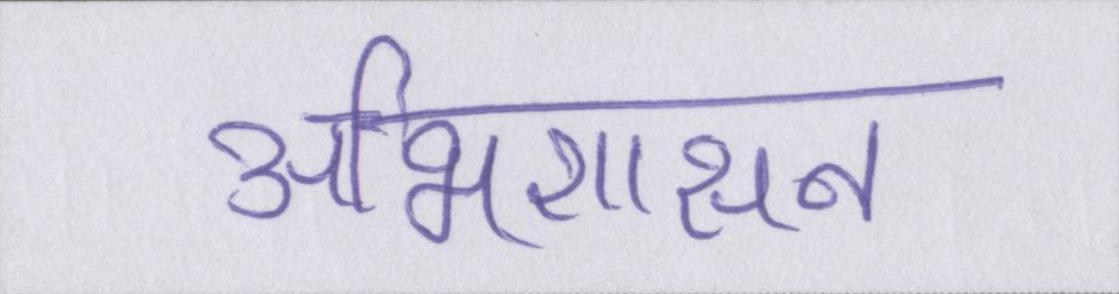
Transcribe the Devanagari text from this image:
अभिशासन